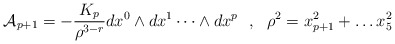
\begin{align*}{\cal{A}}_{p+1} = - \frac{K_p}{\rho^{3-r}} dx^0 \wedge dx^1 \dots\wedge dx^p~~,~~ \rho^2 = x_{p+1}^{2} + \dots x_{5}^{2}\end{align*}